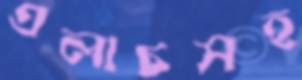
এলাচসহ